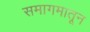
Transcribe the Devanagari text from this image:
समागमातून